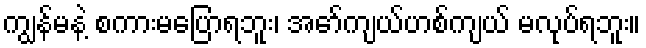
ကျွန်မနဲ့ စကားမပြောရဘူး၊ အော်ကျယ်ဟစ်ကျယ် မလုပ်ရဘူး။